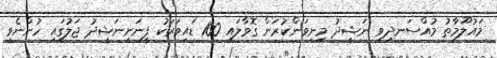
މައުލޫމާތު މުއްސަނދިވި ނަޝީދު މިނިވަންކުރަން ގޮވާލައި 100 ޑައިވަރަކު ފީނަނީނަޝީދު ޖަލުގައި ހުންނެވީ